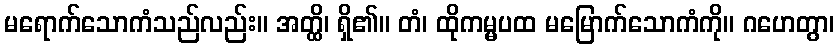
မရောက်သောကံသည်လည်း။ အတ္ထိ၊ ရှိ၏။ တံ၊ ထိုကမ္မပထ မမြောက်သောကံကို။ ဂဟေတွာ၊